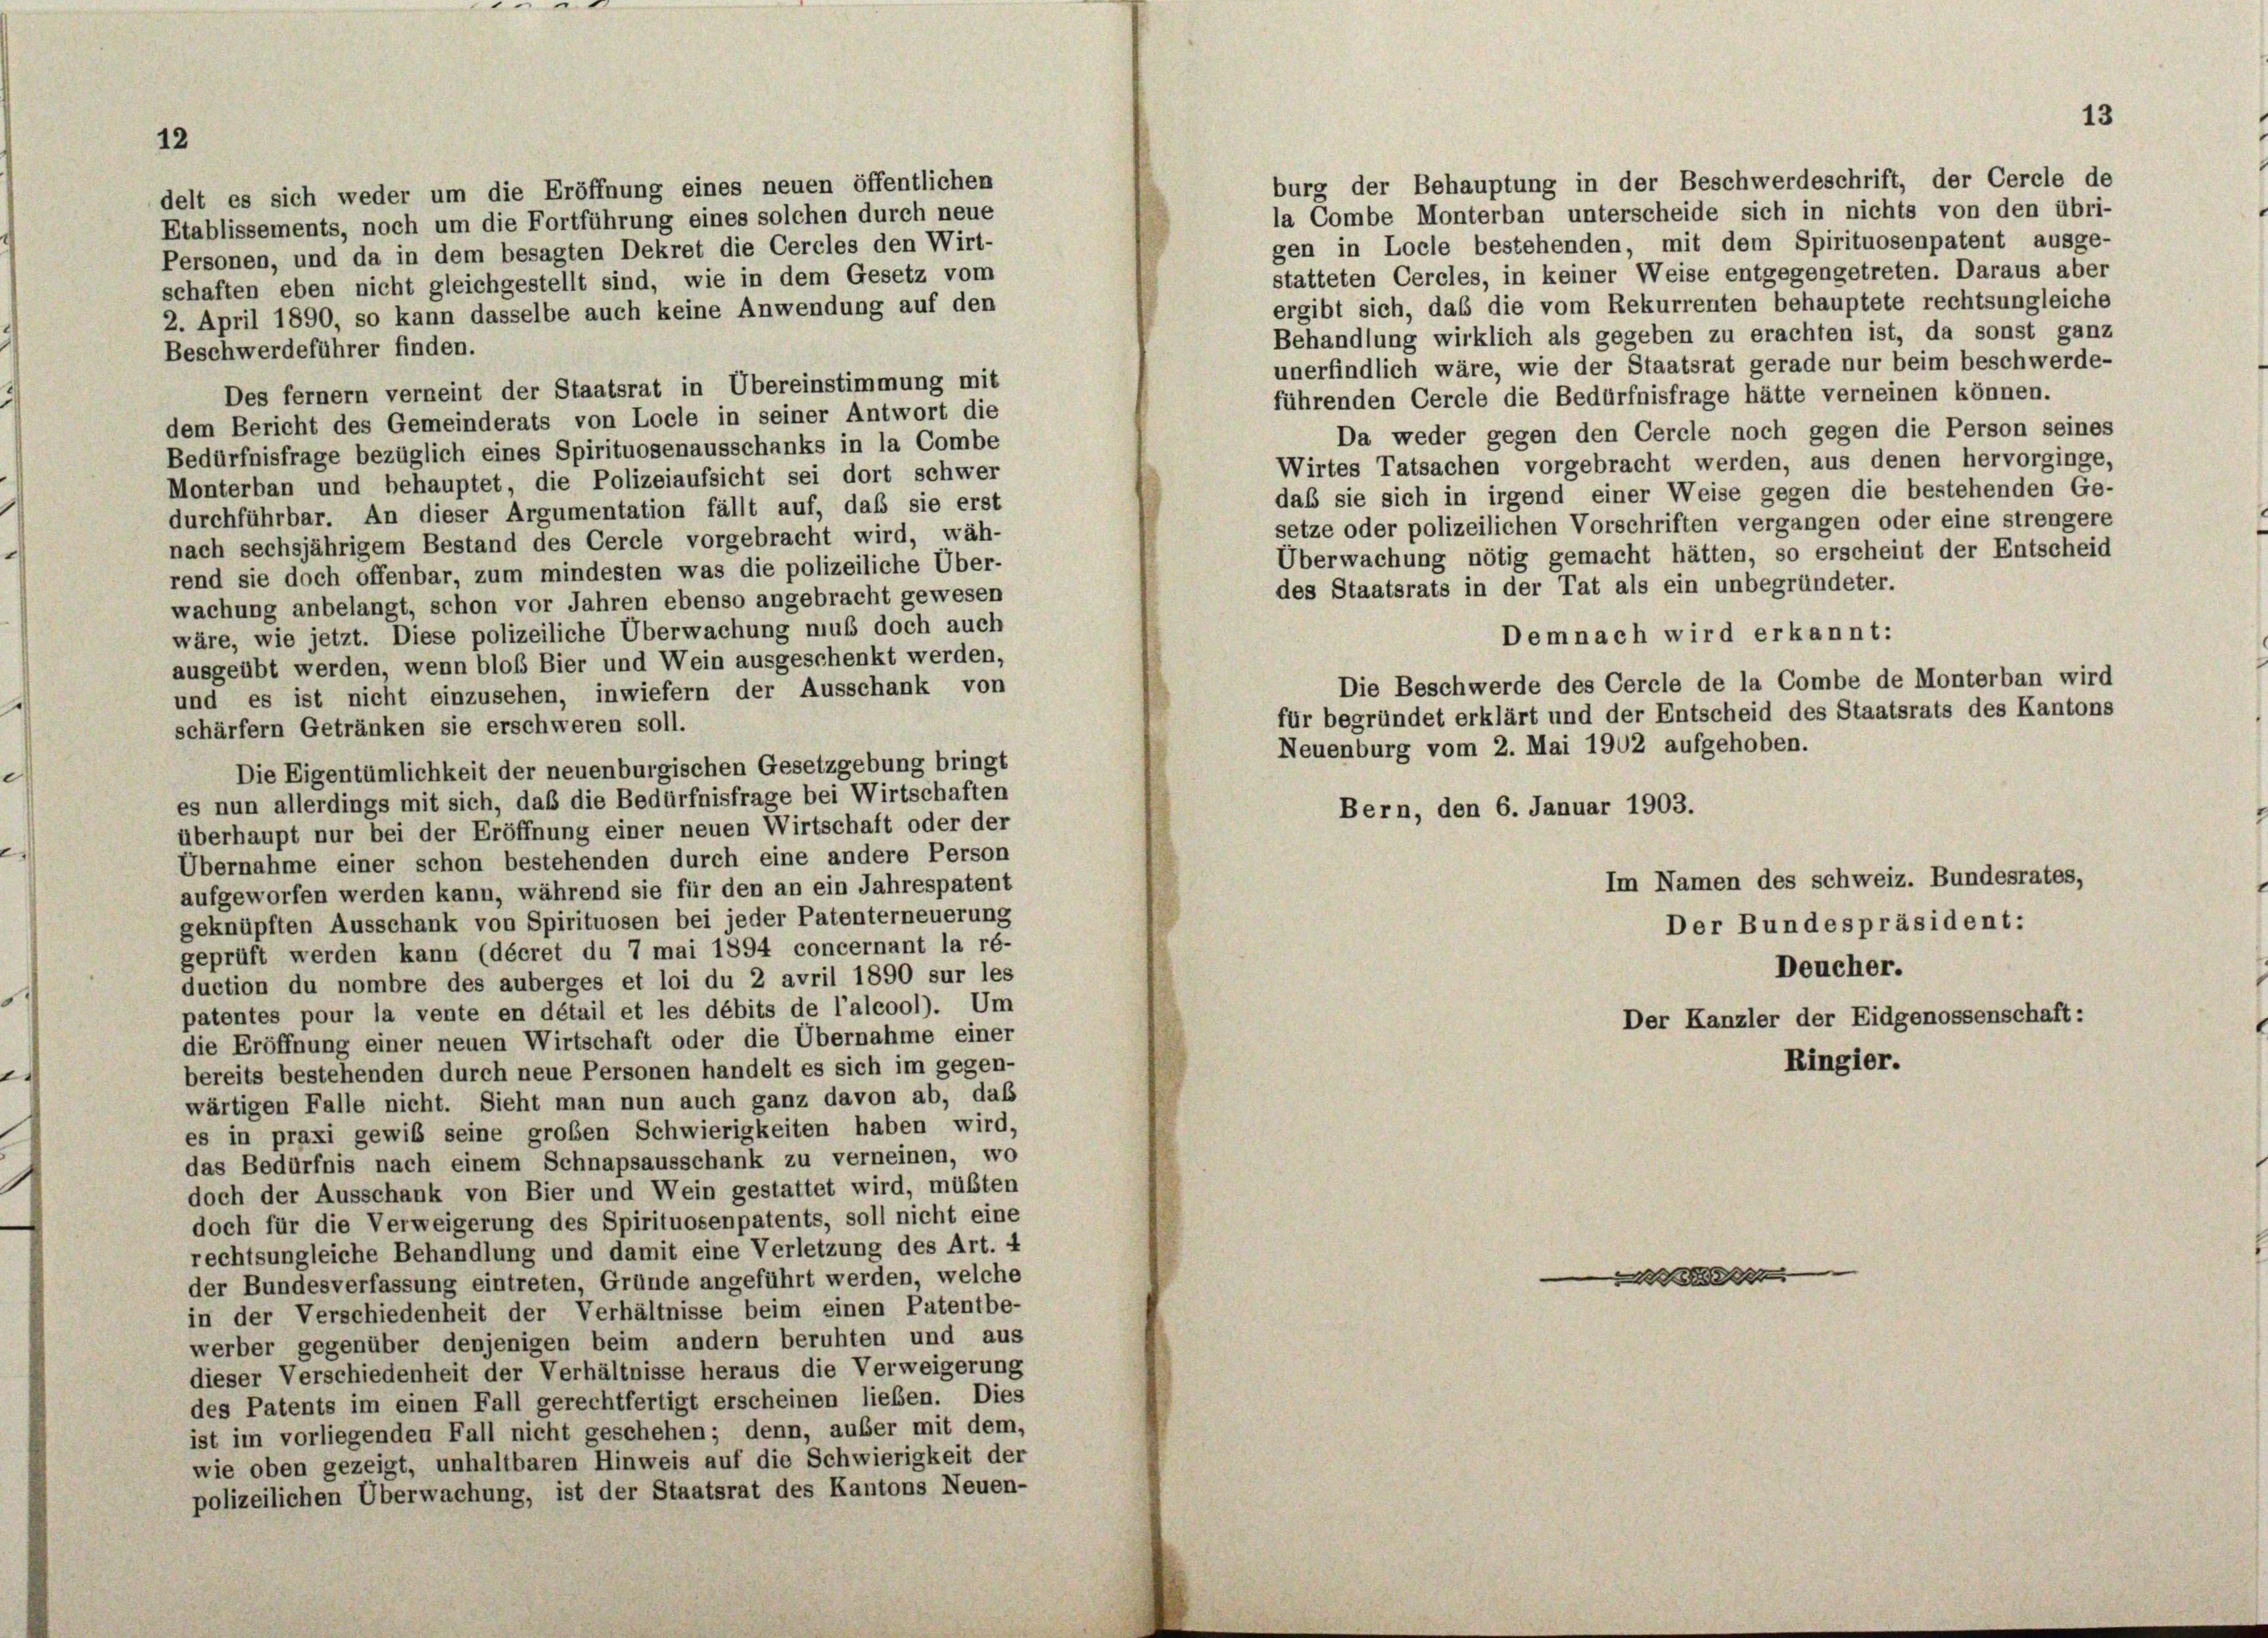
12

delt es sich weder um die Eröffnung eines neuen öffentlichen
Etablissements, noch um die Fortführung eines solchen durch neue
Personen, und da in dem besagten Dekret die Cercles den Wirt-
schaften eben nicht gleichgestellt sind, wie in dem Gesetz vom

burg der Behauptung in der Beschwerdeschrift, der Cercle de
la Combe Monterban unterscheide sich in nichts von den übri-
gen in Locle bestehenden, mit dem Spirituosenpatent ausge-
statteten Cercles, in keiner Weise entgegengetreten. Daraus aber
ergibt sich, das die vom Rekurrenten behauptete rechtsungleiche
2. April 1890, so kann dasselbe auch keine Anwendung auf den
Behandlung wirklich als gegeben zu erachten ist, da sonst ganz
Beschwerdeführer finden.
unerfindlich wäre, wie der Staatsrat gerade nur beim beschwerde-
Des fernem verneint der Staatsrat in Übereinstimmung mit
führenden Cercle die Bedürfnisfrage hätte verneinen können.
dem Bericht des Gemeinderats von Locle in seiner Antwort die
Da weder gegen den Cercle noch gegen die Person seines
Bedürfnisfrage bezüglich eines Spirituosenausschanks in la Combe
Wirtes Tatsachen vorgebracht werden, aus denen hervorginge,
Monterban und behauptet, die Polizeiaufsicht sei dort schwer
daß sie sich in irgend einer Weise gegen die bestehenden Ge-
durchführbar. An dieser Argumentation fällt auf, daß sie erst
setze oder polizeilichen Vorschriften vergangen oder eine strengere
nach sechsjährigem Bestand des Cercle vorgebracht wird, wäh-
Überwachung nötig gemacht hätten, so erscheint der Entscheid
rend sie doch offenbar, zum mindesten was die polizeiliche Über-
des Staatsrats in der Tat als ein unbegründeter.
wachung anbelangt, schon vor Jahren ebenso angebracht gewesen
wäre, wie jetzt. Diese polizeiliche Überwachung muß doch auch
Demnach wird erkannt:
ausgeübt werden, wenn bloß Bier und Wein ausgeschenkt werden,
Die Beschwerde des Cercle de la Combe de Monterban wird
und es ist nicht einzusehen, inwiefern der Ausschank von
für begründet erklärt und der Entscheid des Staatsrats des Kantons
schärfern Getränken sie erschweren soll.
Neuenburg vom 2. Mai 1902 aufgehoben.
Die Eigentümlichkeit der neuenburgischen Gesetzgebung bringt
es nun allerdings mit sich, daß die Bedürfnisfrage bei Wirtschaften
Bern, den 6. Januar 1903.
überhaupt nur bei der Eröffnung einer neuen Wirtschaft oder der
Übernahme einer schon bestehenden durch eine andere Person
Im Namen des schweiz. Bundesrates,
aufgeworfen werden kann, während sie für den an ein Jahrespatent
geknüpften Ausschank von Spirituosen bei jeder Patenterneuerung
Der Bundespräsident:
geprüft werden kann (décret du 7 mai 1894 concernant la ré-
Deucher.
duction du nombre des auberges et loi du 2 avril 1890 sur les
patentes pour la vente en détail et les débits de l’alcool). Um
Der Kanzler der Eidgenossenschaft:
die Eröffnung einer neuen Wirtschaft oder die Übernahme einer
Ringier.
bereits bestehenden durch neue Personen handelt es sich im gegen-
wärtigen Falle nicht. Sieht man nun auch ganz davon ab, das
es in praxi gewiß seine großen Schwierigkeiten haben wird,
das Bedürfnis nach einem Schnapsausschank zu verneinen, wo
doch der Ausschank von Bier und Wein gestattet wird, müßten
doch für die Verweigerung des Spirituosenpatents, soll nicht eine
rechtsungleiche Behandlung und damit eine Verletzung des Art. 4
e
der Bundesverfassung eintreten, Gründe angeführt werden, welche
in der Verschiedenheit der Verhältnisse beim einen Patentbe-
werber gegenüber denjenigen beim andern beruhten und aus
dieser Verschiedenheit der Verhältnisse heraus die Verweigerung
des Patents im einen Fall gerechtfertigt erscheinen lieben. Dies
ist im vorliegenden Fall nicht geschehen; denn, außer mit dem,
wie oben gezeigt, unhaltbaren Hinweis auf die Schwierigkeit der
polizeilichen Überwachung, ist der Staatsrat des Kantons Neuen-

13